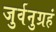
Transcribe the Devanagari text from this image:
जुर्वनुग्रहं